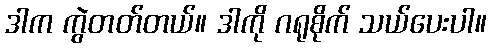
ဒါက ကွဲတတ်တယ်။ ဒါကို ဂရုစိုက် သယ်ပေးပါ။